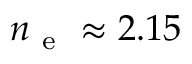
n _ { \mathrm { ~ e ~ } } \approx 2 . 1 5